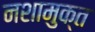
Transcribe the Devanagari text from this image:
नशामुक्त